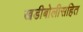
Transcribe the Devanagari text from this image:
खडीबोलीसहित